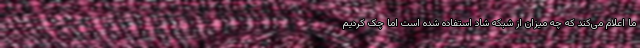
ما اعلام می‌کند که چه میزان از شبکه شاد استفاده شده است اما چک کردیم